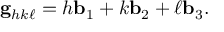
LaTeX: \mathbf { g } _ { h k \ell } = h \mathbf { b } _ { 1 } + k \mathbf { b } _ { 2 } + \ell \mathbf { b } _ { 3 } .